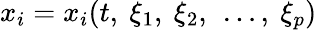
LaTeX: x_{i}=x_{i}(t,\ \xi_{1},\ \xi_{2},\ \ldots,\ \xi_{p})